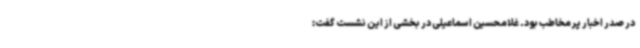
در صدر اخبار پر مخاطب بود. غلامحسین اسماعیلی در بخشی از این نشست گفت: